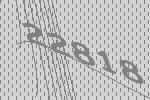
22818